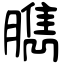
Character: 臇